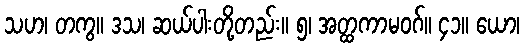
သဟ၊ တကွ။ ဒသ၊ ဆယ်ပါးတို့တည်း။ ၅၊ အတ္ထကာမဝဂ်။ ၄၁။ ယော၊